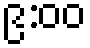
၉:၀၀